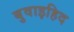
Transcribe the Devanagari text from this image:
बुवाइहिद